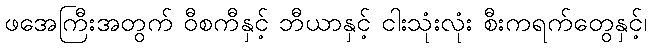
ဖအေကြီးအတွက် ဝီစကီနှင့် ဘီယာနှင့် ငါးသုံးလုံး စီးကရက်တွေနှင့်၊